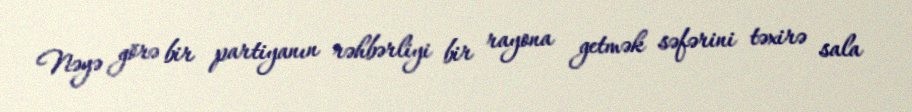
Nəyə görə bir partiyanın rəhbərliyi bir rayona getmək səfərini təxirə sala